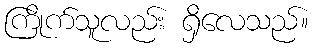
ကြိုက်သူလည်း ရှိလေသည်။